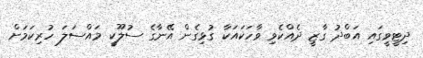
ދިޓީވީގައި އަބްދު ގާޒީ ދެއްކެވި ވާހަކައަކާ ގުޅިގެން އޭނާގެ ސުލޫކީ މައްސަލަ ހުރިކަމަށް